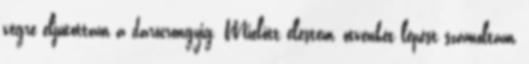
végre eljutottam a darócrongyig. Mielőtt elestem, ötvenkét lépést számoltam,